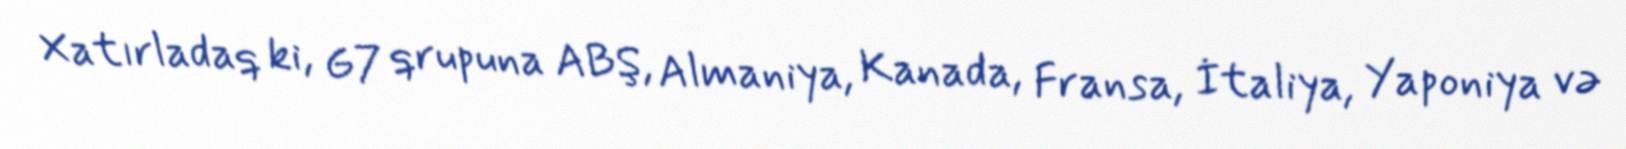
Xatırladaq ki, G7 qrupuna ABŞ, Almaniya, Kanada, Fransa, İtaliya, Yaponiya və